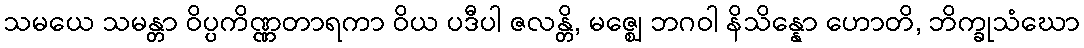
သမယေ သမန္တာ ဝိပ္ပကိဏ္ဏတာရကာ ဝိယ ပဒီပါ ဇလန္တိ, မဇ္ဈေ ဘဂဝါ နိသိန္နော ဟောတိ, ဘိက္ခုသံဃော